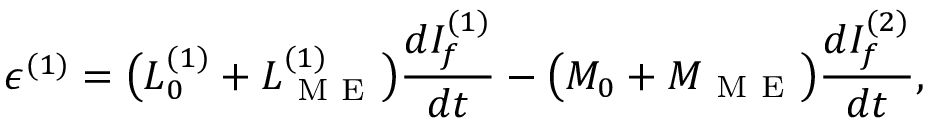
\epsilon ^ { ( 1 ) } = \big ( L _ { 0 } ^ { ( 1 ) } + L _ { \mathrm { ~ M ~ E ~ } } ^ { ( 1 ) } \big ) \frac { d I _ { f } ^ { ( 1 ) } } { d t } - \big ( M _ { 0 } + M _ { \mathrm { ~ M ~ E ~ } } \big ) \frac { d I _ { f } ^ { ( 2 ) } } { d t } ,